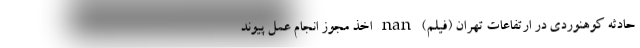
حادثه کوهنوردی در ارتفاعات تهران (فیلم) nan اخذ مجوز انجام عمل پیوند